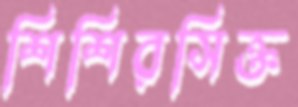
শিশিরসিক্ত